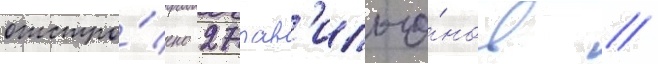
отстро́ено 27 пав'ильо́нов //